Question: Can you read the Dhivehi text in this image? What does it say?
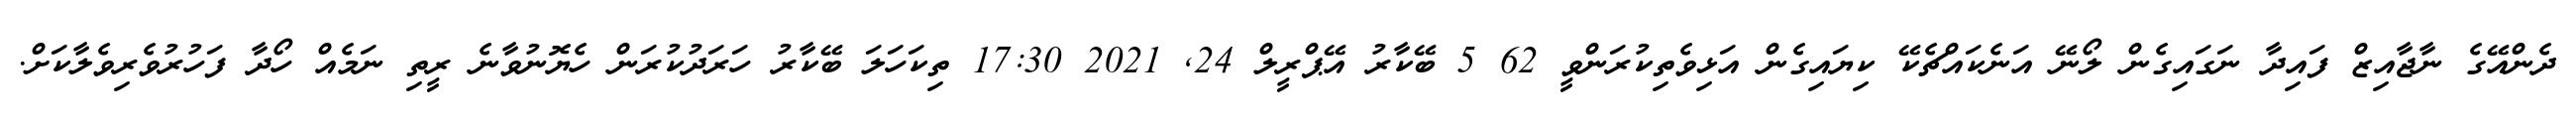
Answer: ދެންއޭގެ ނާޖާއިޒް ފައިދާ ނަގައިގެން ލޯނޭ އަނެކައްޗެކޭ ކިޔައިގެން އަޅިވެތިކުރަންވީ 62 5 ބޭކާރު އޭޕްރީލް 24, 2021 17:30 ތިކަހަލަ ބޭކާރު ހަރަދުކުރަން ހެޔޮނުވާނެ ރީތި ނަމެއް ހޯދާ ފަހުރުވެރިވެލާކަށް.